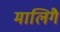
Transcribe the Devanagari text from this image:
मालिगै